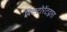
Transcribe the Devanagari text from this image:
बिटटोरेंटद्वारा